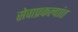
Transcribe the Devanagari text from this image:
सेवाप्रकल्पांत